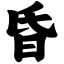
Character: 昏